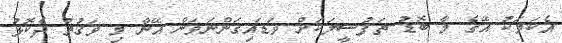
އެކަމަކު އޭގެ މާ ބޮޑު ތަފުސީލަކަށް ވަޑައިގަންނަވަން އޭނާ މި ވަގުތު ދެކޮޅު